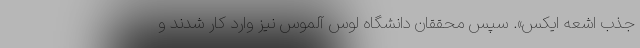
جذب اشعهٔ ایکس». سپس محققان دانشگاه لوس آلموس نیز وارد کار شدند و